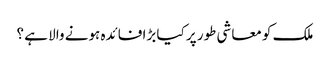
ملک کو معاشی طور پر کیا بڑا فائدہ ہونے والا ہے ؟